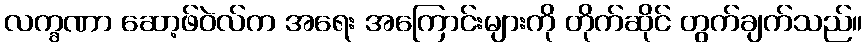
လက္ခဏာ ဆော့ဖ်ဝဲလ်က အရေး အကြောင်းများကို တိုက်ဆိုင် တွက်ချက်သည်။